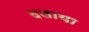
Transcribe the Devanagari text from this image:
दलाया